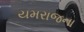
યમરાજના